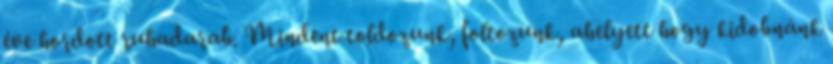
éve hordott ruhadarab. Mindent toldozunk, foltozunk, ahelyett hogy kidobnánk